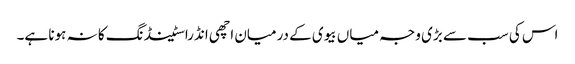
اس کی سب سے بڑی وجہ میاں بیوی کے درمیان اچھی انڈراسٹینڈنگ کا نہ ہونا ہے۔